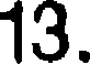
13.